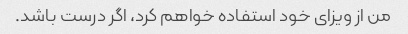
من از ویزای خود استفاده خواهم کرد، اگر درست باشد.